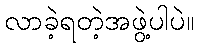
လာခဲ့ရတဲ့အဖွဲ့ပါပဲ။